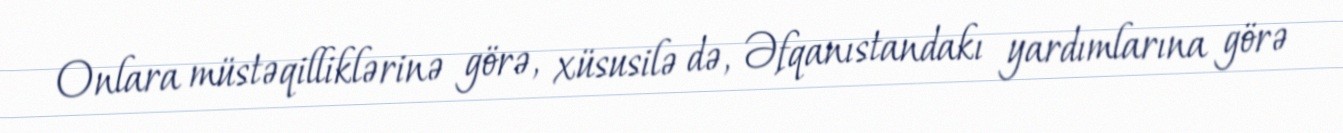
Onlara müstəqilliklərinə görə, xüsusilə də, Əfqanıstandakı yardımlarına görə